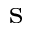
^ \mathrm { s }